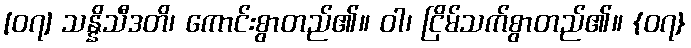
[၀၇] သန္နိသီဒတိ၊ ကောင်းစွာတည်၏။ ဝါ၊ ငြိမ်သက်စွာတည်၏။ {၀၇}